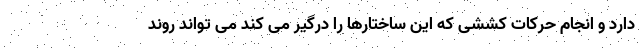
دارد و انجام حرکات کششی که این ساختارها را درگیر می کند می تواند روند